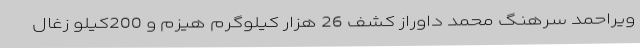
ویراحمد سرهنگ محمد داوراز کشف 26 هزار کیلوگرم هیزم و 200کیلو زغال